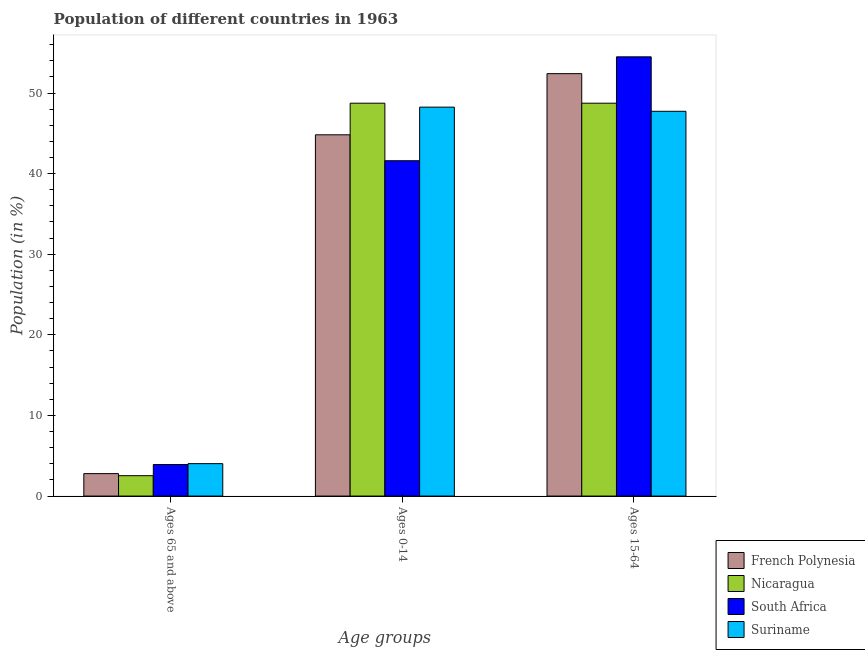
| Age groups | French Polynesia | Nicaragua | South Africa | Suriname |
 | --- | --- | --- | --- | --- |
 | Ages 65 and above | 2.78 | 2.53 | 3.91 | 4.02 |
 | Ages 0-14 | 44.8 | 48.7 | 41.6 | 48.2 |
 | Ages 15-64 | 52.4 | 48.7 | 54.5 | 47.7 |